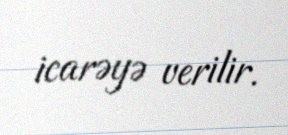
icarəyə verilir.